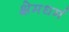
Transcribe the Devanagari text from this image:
क्षेमधर्म